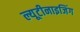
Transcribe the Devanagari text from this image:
ल्यूटीनाइजिंग